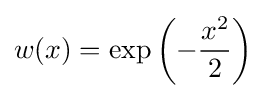
w(x)=\exp \left(-{\frac {x^{2}}{2}}\right)